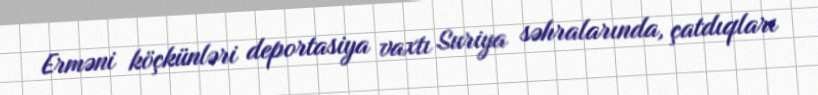
Erməni köçkünləri deportasiya vaxtı Suriya səhralarında, çatdıqları